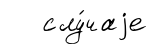
слу́чаjе